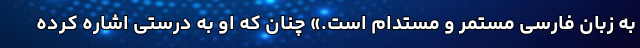
به زبان فارسی مستمر و مستدام است.» چنان که او به درستی اشاره کرده